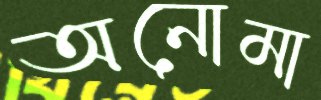
অনোমা